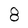
Character: 8